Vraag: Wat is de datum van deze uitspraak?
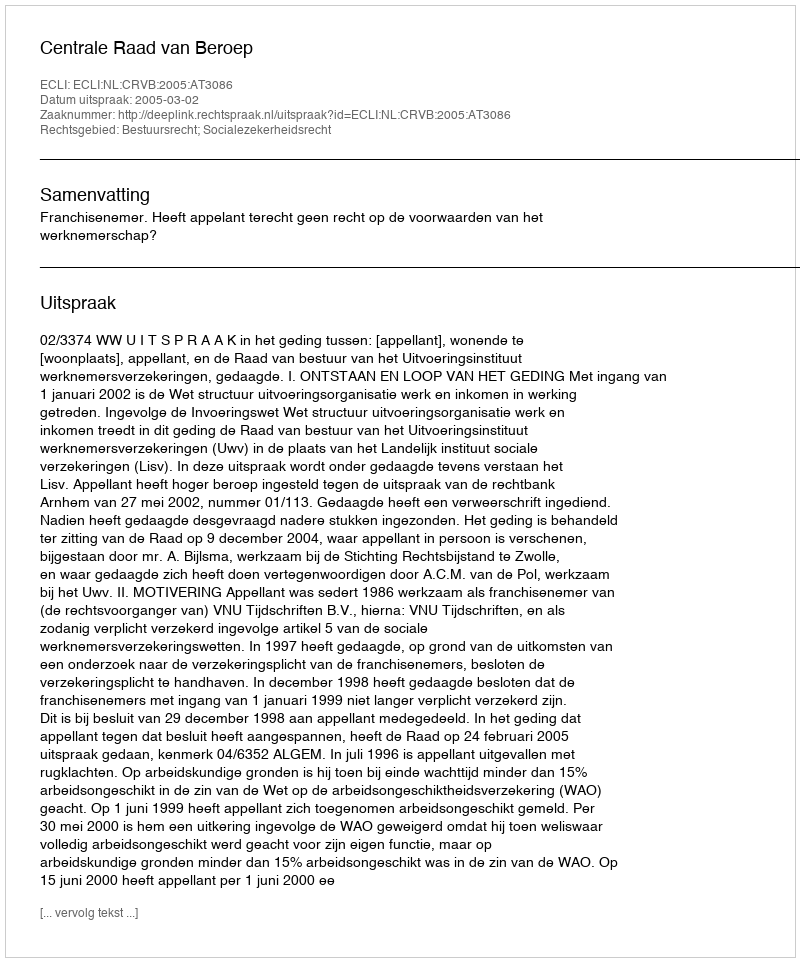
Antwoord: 2005-03-02